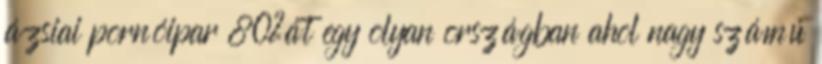
ázsiai pornóipar 80%át egy olyan országban ahol nagy számú